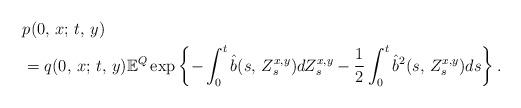
LaTeX: \begin{align*} & p(0,\,x;\,t,\,y)\\ & =q(0,\,x;\,t,\,y)\mathbb{E}^{Q}\exp\left\{ -\int_{0}^{t}\hat{b}(s,\,Z_{s}^{x,y})dZ_{s}^{x,y}-\frac{1}{2}\int_{0}^{t}\hat{b}^{2}(s,\,Z_{s}^{x,y})ds\right\} . \end{align*}